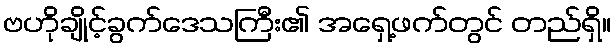
ဗဟိုချိုင့်ခွက်ဒေသကြီး၏ အရှေ့ဖက်တွင် တည်ရှိ။